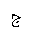
Letter: _gim